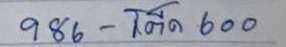
986 - โต๊ด 600